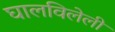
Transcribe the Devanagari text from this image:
घालविलेली